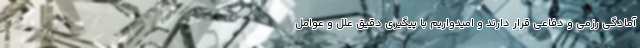
آمادگی رزمی و دفاعی قرار دارند و امیدواریم با پیگیری دقیق علل و عوامل